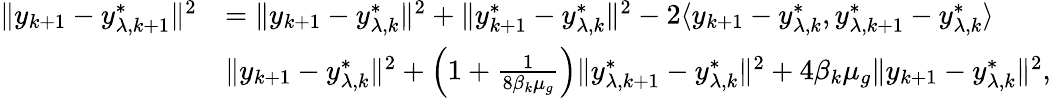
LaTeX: \begin{array}{rl}{\| y_{k+1}-y_{\lambda,k+1}^{*}\| ^{2}}&{=\| y_{k+1}-y_{\lambda,k}^{*}\| ^{2}+\| y_{k+1}^{*}-y_{\lambda,k}^{*}\| ^{2}-2\langle y_{k+1}-y_{\lambda,k}^{*},y_{\lambda,k+1}^{*}-y_{\lambda,k}^{*}\rangle}\\ &{\le\| y_{k+1}-y_{\lambda,k}^{*}\| ^{2}+\left(1+\frac{1}{8\beta_{k}\mu_{g}}\right)\| y_{\lambda,k+1}^{*}-y_{\lambda,k}^{*}\| ^{2}+4\beta_{k}\mu_{g}\| y_{k+1}-y_{\lambda,k}^{*}\| ^{2},}\end{array}